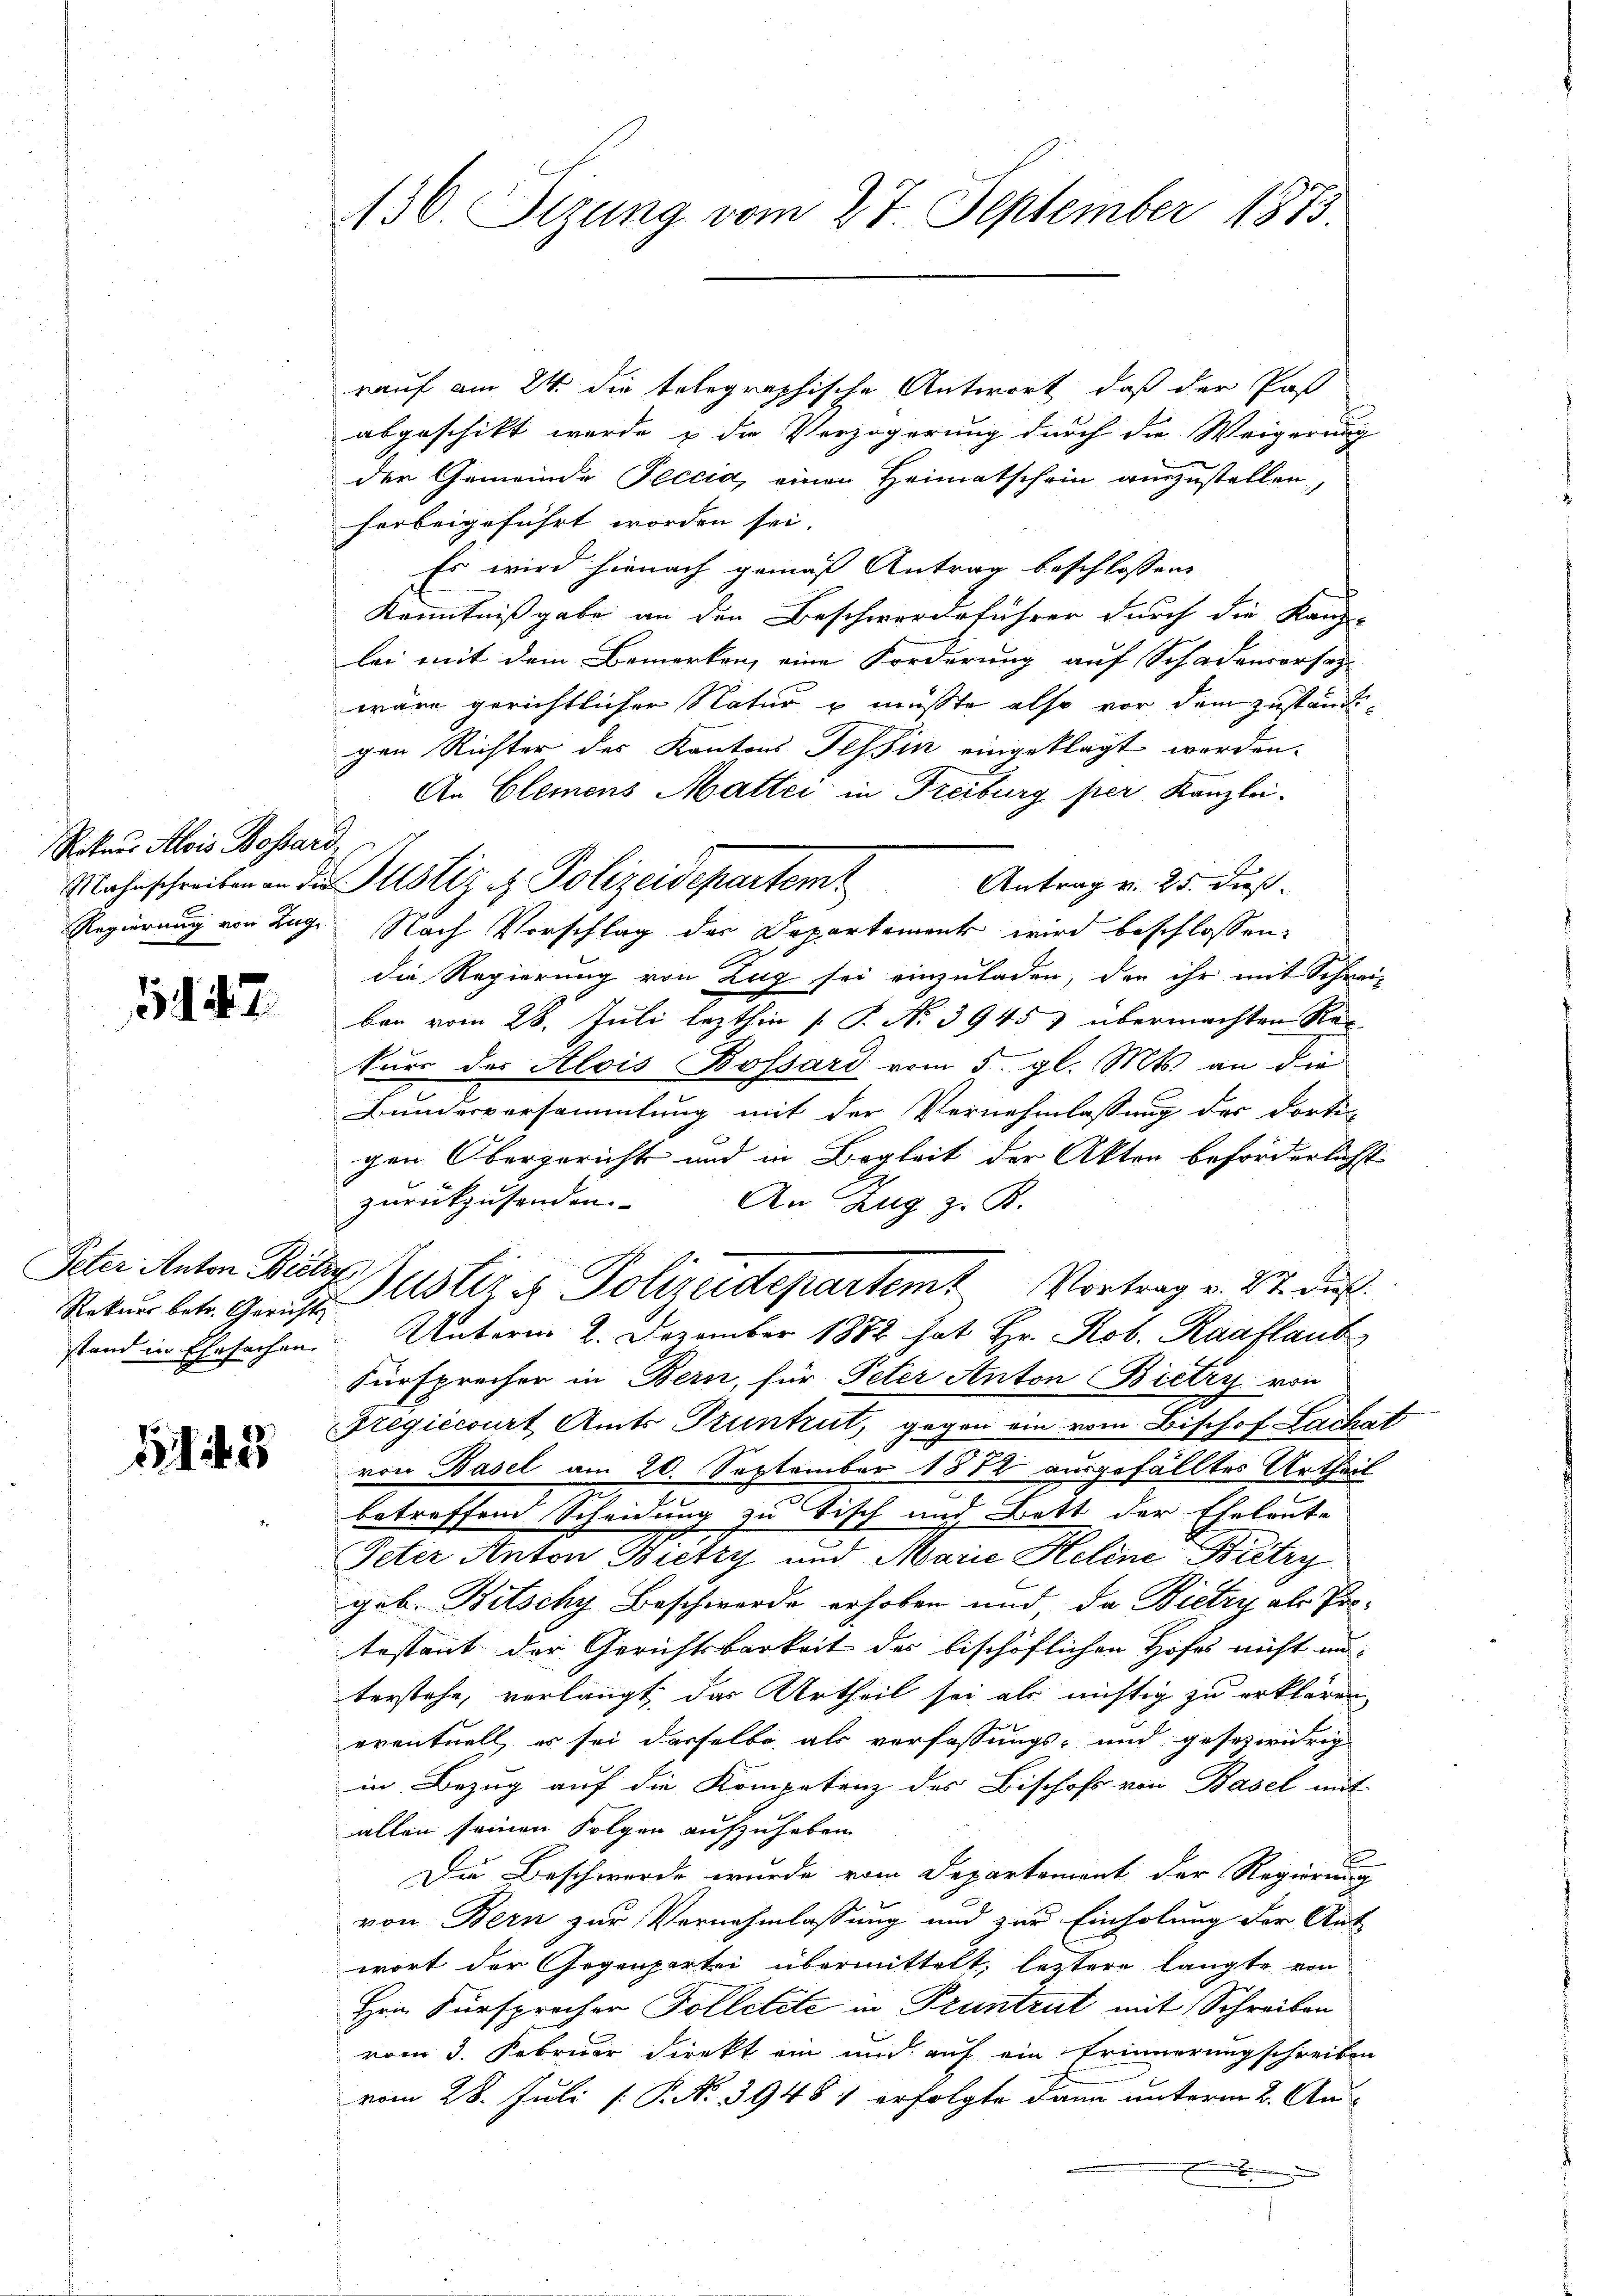
Rokaus Alois Bossard

1947

Peter Anton Bietzy

1145

130. Sizung vom 27. September 1873.

rauf am 24. die telegraphische Antwort, daß der Pas
abgeschikt werde u die Verzögerung durch die Weigerung
der Gemeinde Peccia, einen Heimatschein auszustellen;
herbeigeführt worden sei.
Es wird hienach gemäß Antrag beschlossen
Kenntnißgabe an der Beschwerdeführer durch die Kanz-
lei mit dem Bemerken, eine Forderung auf Schadenversage
wäre gerichtlicher Natur u müsste also vor dem zuständigen Richter des Kantons Tessin eingeklagt werden.
An Clemens Mattei in Freiburg per Kanzlei-
Antrag v. 25. dieß
Regierung von Zuge Nach Vorschlag der Departement wird beschlossen:
die Regierung von Zug sei einzuladen, den ihr mit Schrei-
ben vom 28. Juli lezthin [ P. Nr. 39457 übermachten Rekurs der Alois Bossard vom 5. gl. Mts. an die
Bundesversammlung mit der Vernehmlassung des dorti-
gen Obergericht und in Begleit der Akten beförderlichst
zurückzusenden. An Zug z. R.
Ratur betr. Graus Justiz & Polizeidepartem Vortrag v. 27. aus
stand in Ehesachen. Unterm 2. Dezember 1882 hat Hr. Rob. Raaflaub
Fürsprecher in Bern, für Peter Anton Bietry von
Fregiecourt Amts Truntrut, gegen ein vom Bischof Lachet
von Basel am 20. September 1872 ausgefälltes Urtheil
betreffend Scheidung zu Tisch und Bett der Eheleute
Peter Anton Bietzy und Marie Heline Bietry
geb. Bitschy Beschwerde erhoben und, da Bietry als Protestant der Gerichtsbarkeit des bischöflichen Hofes nicht an-
terstehe, verlangt, das Urtheil sei als nichtig zu erklären,
eventuell es sei derselbe als verfassungs- und gesezwidrig
in Bezug auf die Kompetenz des Bischofs von Basel mit
allen seinen Folgen aufzuheben.
.
Die Beschwerde wurde vom Departement der Regierung
von Bern zur Vernehmlassung und zur Einholung der Ant
wort der Gegenpartei übermittelt, leztere langte von
Hrn. Fürsprocher Tolletete in Pruntrut mit Schreiben
vom 3. Februar direkt ein und auf ein Erinnerungschreiben
vom 28. Juli [ P. N. 39487 erfolgte dann unterm 2. Au
.

Mahrschreiben in der Justiz & Polizeidepartem